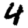
Digit: 4